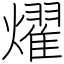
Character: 燿